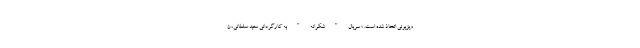
ویزیونی اتخاذ شده است. » سریال"شکرانه"به کارگردانی سعید سلطانی، ن